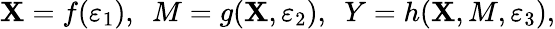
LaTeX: \mathbf{X}=f(\varepsilon_{1}),~~M=g(\mathbf{X},\varepsilon_{2}),~~Y=h(\mathbf{X},M,\varepsilon_{3}),